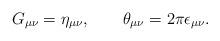
LaTeX: \begin{align*}G_{\mu\nu}=\eta_{\mu\nu}, \qquad \theta_{\mu\nu}=2\pi \epsilon_{\mu\nu}.\end{align*}